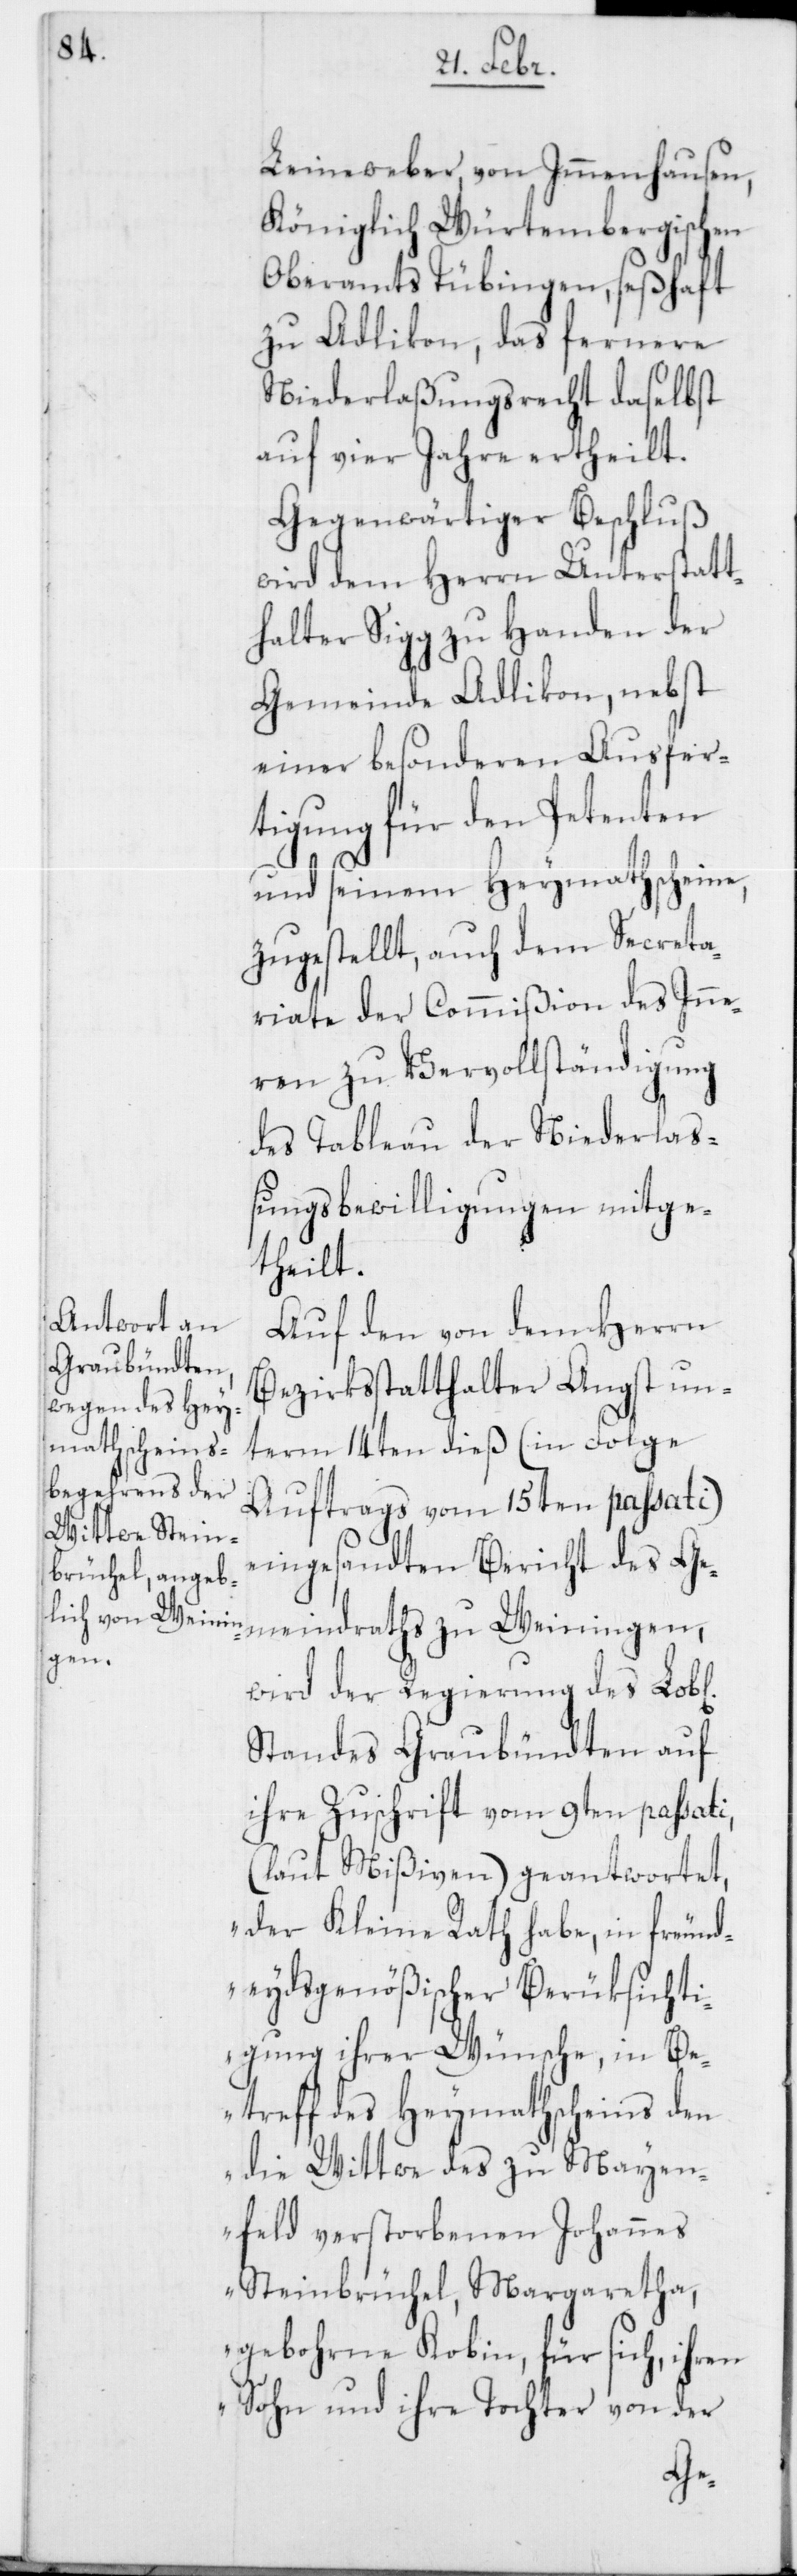
ichen].

Leineweber, von Immenhausen,
Königlich Würtembergischen
Oberamts Tübingen, seßhaft
zu Adlikon, das fernere
Niederlaßungsrecht daselbst
auf vier Jahre ertheilt.
Gegenwärtiger Beschluß
wird dem Herrn Unterstatt¬
halter Sigg zu Handen der
Gemeinde Adlikon, nebst
einer besonderen Ausfer¬
tigung für den Petenten
und seinem Heymathscheine,
zugestellt, auch dem Secreta¬
riate der Commißion des Inne¬
ren zu Vervollständigung
des Tableau der Niederlaß¬
ungsbewilligungen mitge¬
theilt.
Auf den von dem Herrn
Bezirksstatthalter Angst un¬
term 14ten dieß (in Folge
Auftrags vom 15ten passati)
eingesandten Bericht des Ge¬
meindraths zu Weiningen,
wird der Regierung des Lob[l¬
Standes Graubündten auf
ihre Zuschrift vom 9ten passati,
(laut Mißiven) geantwortet,
„der Kleine Rath habe, in freund¬
eydsgenößischer Berüksichti¬
gung ihrer Wünsche, in B¬
etreff des Heymathscheins den
die Wittwe des zu Mayen¬
feld verstorbenen Johannes
Steinbrüchel, Margaretha,
gebohrne Kobin, für sich, ihren
Sohn und ihre Tochter von der